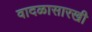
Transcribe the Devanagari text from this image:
वादळासारखी